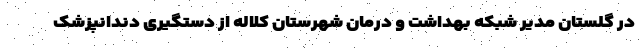
در گلستان مدیر شبکه بهداشت و درمان شهرستان کلاله از دستگیری دندانپزشک